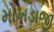
મોખડાજી